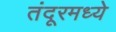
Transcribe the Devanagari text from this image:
तंदूरमध्ये